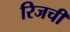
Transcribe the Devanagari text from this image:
रिजची